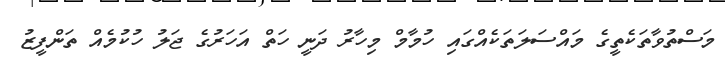
މަސްތުވާތަކެތީގެ މައްސަލަތަކެއްގައި ހުމާމް މިހާރު ދަނީ ހަތް އަހަރުގެ ޖަލު ހުކުމެއް ތަންފީޒު